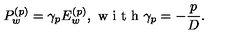
P _ { w } ^ { ( p ) } = \gamma _ { p } E _ { w } ^ { ( p ) } , \textrm { w i t h } \gamma _ { p } = - \frac { p } { D } .